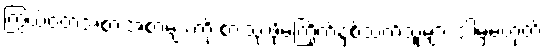
ကြွယ်ဝတဲ့အစားအစာများကို စားသုံးဖို့မကြိုက်နှစ်သက်သူများ ဒါမှမဟုတ်